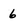
Character: 6